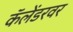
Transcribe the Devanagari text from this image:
कॅलेंडरवर